Annual vaccination report of Bihar and Orissa - 1911-1928
Year: 1911
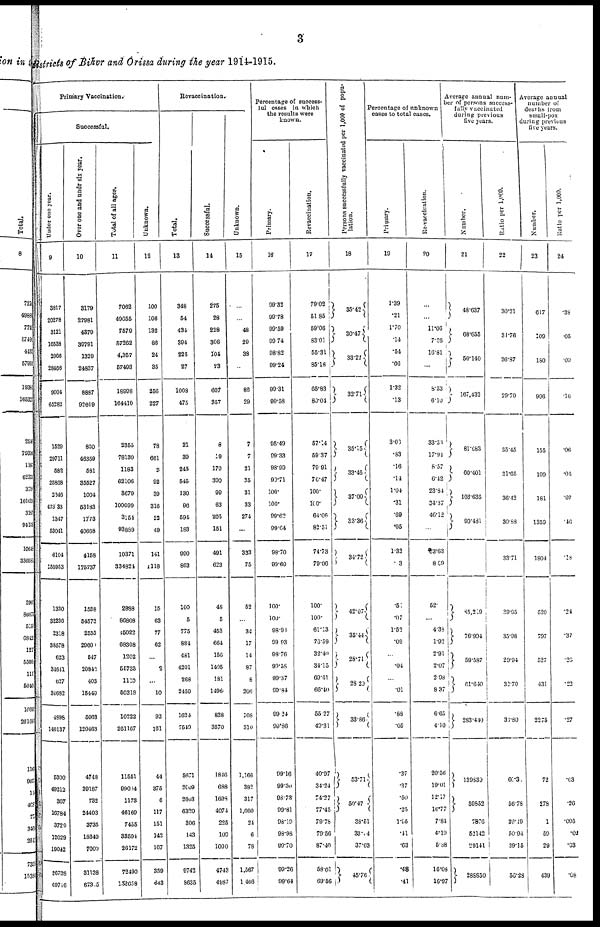
3
districts of Bihar and Orissa during the year 1914-1915.
Primary Vaccination.
Successful.
Under one year.
9
3817
20278
3121
16538
2006
28466
9904
65282
1529
29711
582
25868
2646
473083
1347
53041
6104
155953
1330
32230
2318
38578
623
34641
627
34682
4898
140137
5300
49212
367
16784
3720
12029
19042
36738
697.16
Over one and undr six year.
10
3179
27981
4379
39791
1329
24837
8887
92609
800
48359
581
35527
1004
53183
1773
40668
4158
175737
1558
54572
2555
29600
547
20842
403
15449
5063
120463
4748
39187
732
24403
3735
18649
7000
31138
67305
Total of all ages.
11
7062
40055
7579
57262
4,357
57493
18998
164410
2355
78130
1183
62106
3679
100699
3154
93889
10371
334824
2888
80808
15022
68308
1202
55733
1110
50318
10222
261167
11551
99084
1173
46160
7455
33594
26172
72490
152658
Unknown.
12
100
106
132
86
24
35
256
227
78
661
2
92
39
316
22
49
141
1118
15
63
77
62
...
2
...
10
92
161
44
375
6
117
151
142
167
359
643
Revaccination.
Total.
13
348
54
434
394
226
27
1008
475
21
30
245
545
130
96
594
183
990
863
100
5
775
884
481
4201
268
2459
1624
7549
5671
2009
2603
6320
306
143
1325
9742
8635
Successful.
14
275
28
228
306
104
23
607
357
8
19
170
390
99
63
205
151
491
623
48
5
453
664
156
1405
181
1496
838
3570
1846
688
1698
4074
225
100
1090
4743
4937
Unknown.
15
...
...
48
29
38
...
86
29
7
7
21
35
31
33
274
...
333
75
52
...
34
17
14
87
8
206
108
310
1,166
332
317
1,060
24
6
78
1,567
1,466
Percentage of success¬
ful cases in which
the results were
known.
Primary.
16
99.32
99.78
99.59
99.74
98.82
99.24
90.31
99.58
95.49
99.33
98.99
90.71
100.
100.
99.62
99.64
98.70
99.69
100.
100.
98.90
99.93
98.76
99.58
90.37
99.84
99.24
99.86
99.16
99.30
98.73
99.81
98.19
98.98
99.70
90.26
99.64
Revaccination.
17
79.02
51.85
69.06
83.01
55.31
85.18
65.83
80.04
57.14
59.37
79.91
76.47
100.
100.
64.06
82.51
74.73
70.06
100.
100.
61.13
76.59
32.40
34.15
69.61
66.40
55.27
49.31
40.97
34.24
74.27
77.45
79.78
79.56
87.40
58.01
69.66
Persons successfully vaccinated per 1,000 of popu-
lation.
18
35.42
30.47
33.21
32. 71
35.15
33.46
37.00
33.36
34.72
42.07
35.44
28. 71
28.20
33.86
53. 71
50.47
38.51
33.04
37.03
45.76
Percentage of unknown
cases to total cases.
Primary.
19
1.39
.21
1.70
.14
.54
.06
1.32
.13
3.03
.83
.16
.14
1.04
.31
.69
.05
1.32
.03
.51
.07
1.52
.09
...
.04
...
.01
.68
.05
.37
.37
.50
.25
1.95
.41
.63
.48
.41
Re-vaccination.
20
...
...
11.06
7.36
16.81
...
8.53
6.10
33.33
17.91
8.57
6.42
23.84
34.37
46.12
...
53.63
8.09
52.
...
4.38
1.92
2.91
2.07
2.98
8.37
6.65
4.10
20.56
19.01
12.17
16.77
7.84
4.19
5.38
16.08
10.97
Average annual num-
ber of persons success-
fully vaccinated
during previous
five years.
Number.
21
48.637
68.655
50.140
167,432
81.683
60.401
103.636
90.481
85,219
76.904
59.587
61.640
283.440
139839
59852
7876
52142
29141
288850
Ratio per 1,000.
22
30.21
31.76
26.87
29.70
35.45
31.65
36.42
30.88
33.71
39.95
35.98
29.94
32.70
31.80
60.3
56.78
39.19
50.94
39.15
50.28
Average annual
number of
deaths from
small-pox
during previous
five years.
Number.
23
617
109
180
906
155
109
181
1359
1804
520
797
527
431
2275
72
278
1
59
29
439
Ratio per 1,000.
24
.38
.05
.09
.16
.06
.05
.07
.46
.18
.24
.37
.26
. 22
.27
.03
.26
.005
.01
.03
.08